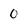
Character: 0